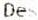
DES